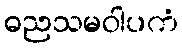
ဓညသမဝါပကံ